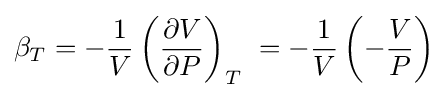
\beta _{T}=-{\frac {1}{V}}\left({\frac {\partial V}{\partial P}}\right)_{T}\ =-{\frac {1}{V}}\left(-{\frac {V}{P}}\right)